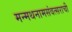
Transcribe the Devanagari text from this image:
मन्मथनामसंवत्सराची